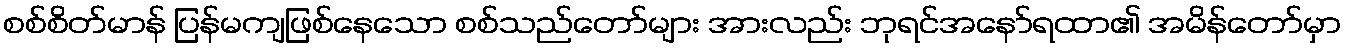
စစ်စိတ်မာန် ပြန်မကျဖြစ်နေသော စစ်သည်တော်များ အားလည်း ဘုရင်အနော်ရထာ၏ အမိန်တော်မှာ